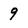
Character: 9